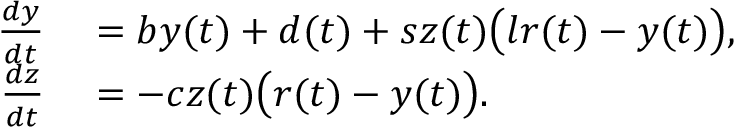
\begin{array} { r l } { \frac { d y } { d t } } & { { } = b y ( t ) + d ( t ) + s z ( t ) \big ( l r ( t ) - y ( t ) \big ) , } \\ { \frac { d z } { d t } } & { { } = - c z ( t ) \big ( r ( t ) - y ( t ) \big ) . } \end{array}